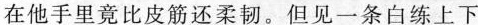
在他手里竟比皮筋还柔韧。但见一条白练上下